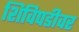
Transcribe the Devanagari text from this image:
शिविपडीवर